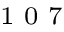
^ \textrm { \scriptsize 1 0 7 }